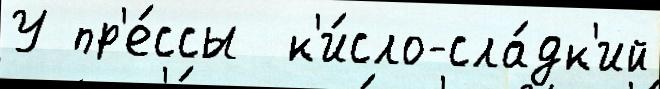
У пр'е́ссы  к'и́сло-сла́дк'ий